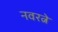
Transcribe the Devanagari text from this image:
नवरत्ने